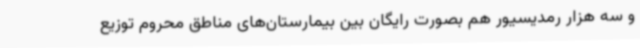
و سه هزار رمدیسیور هم بصورت رایگان بین بیمارستان‌های مناطق محروم توزیع